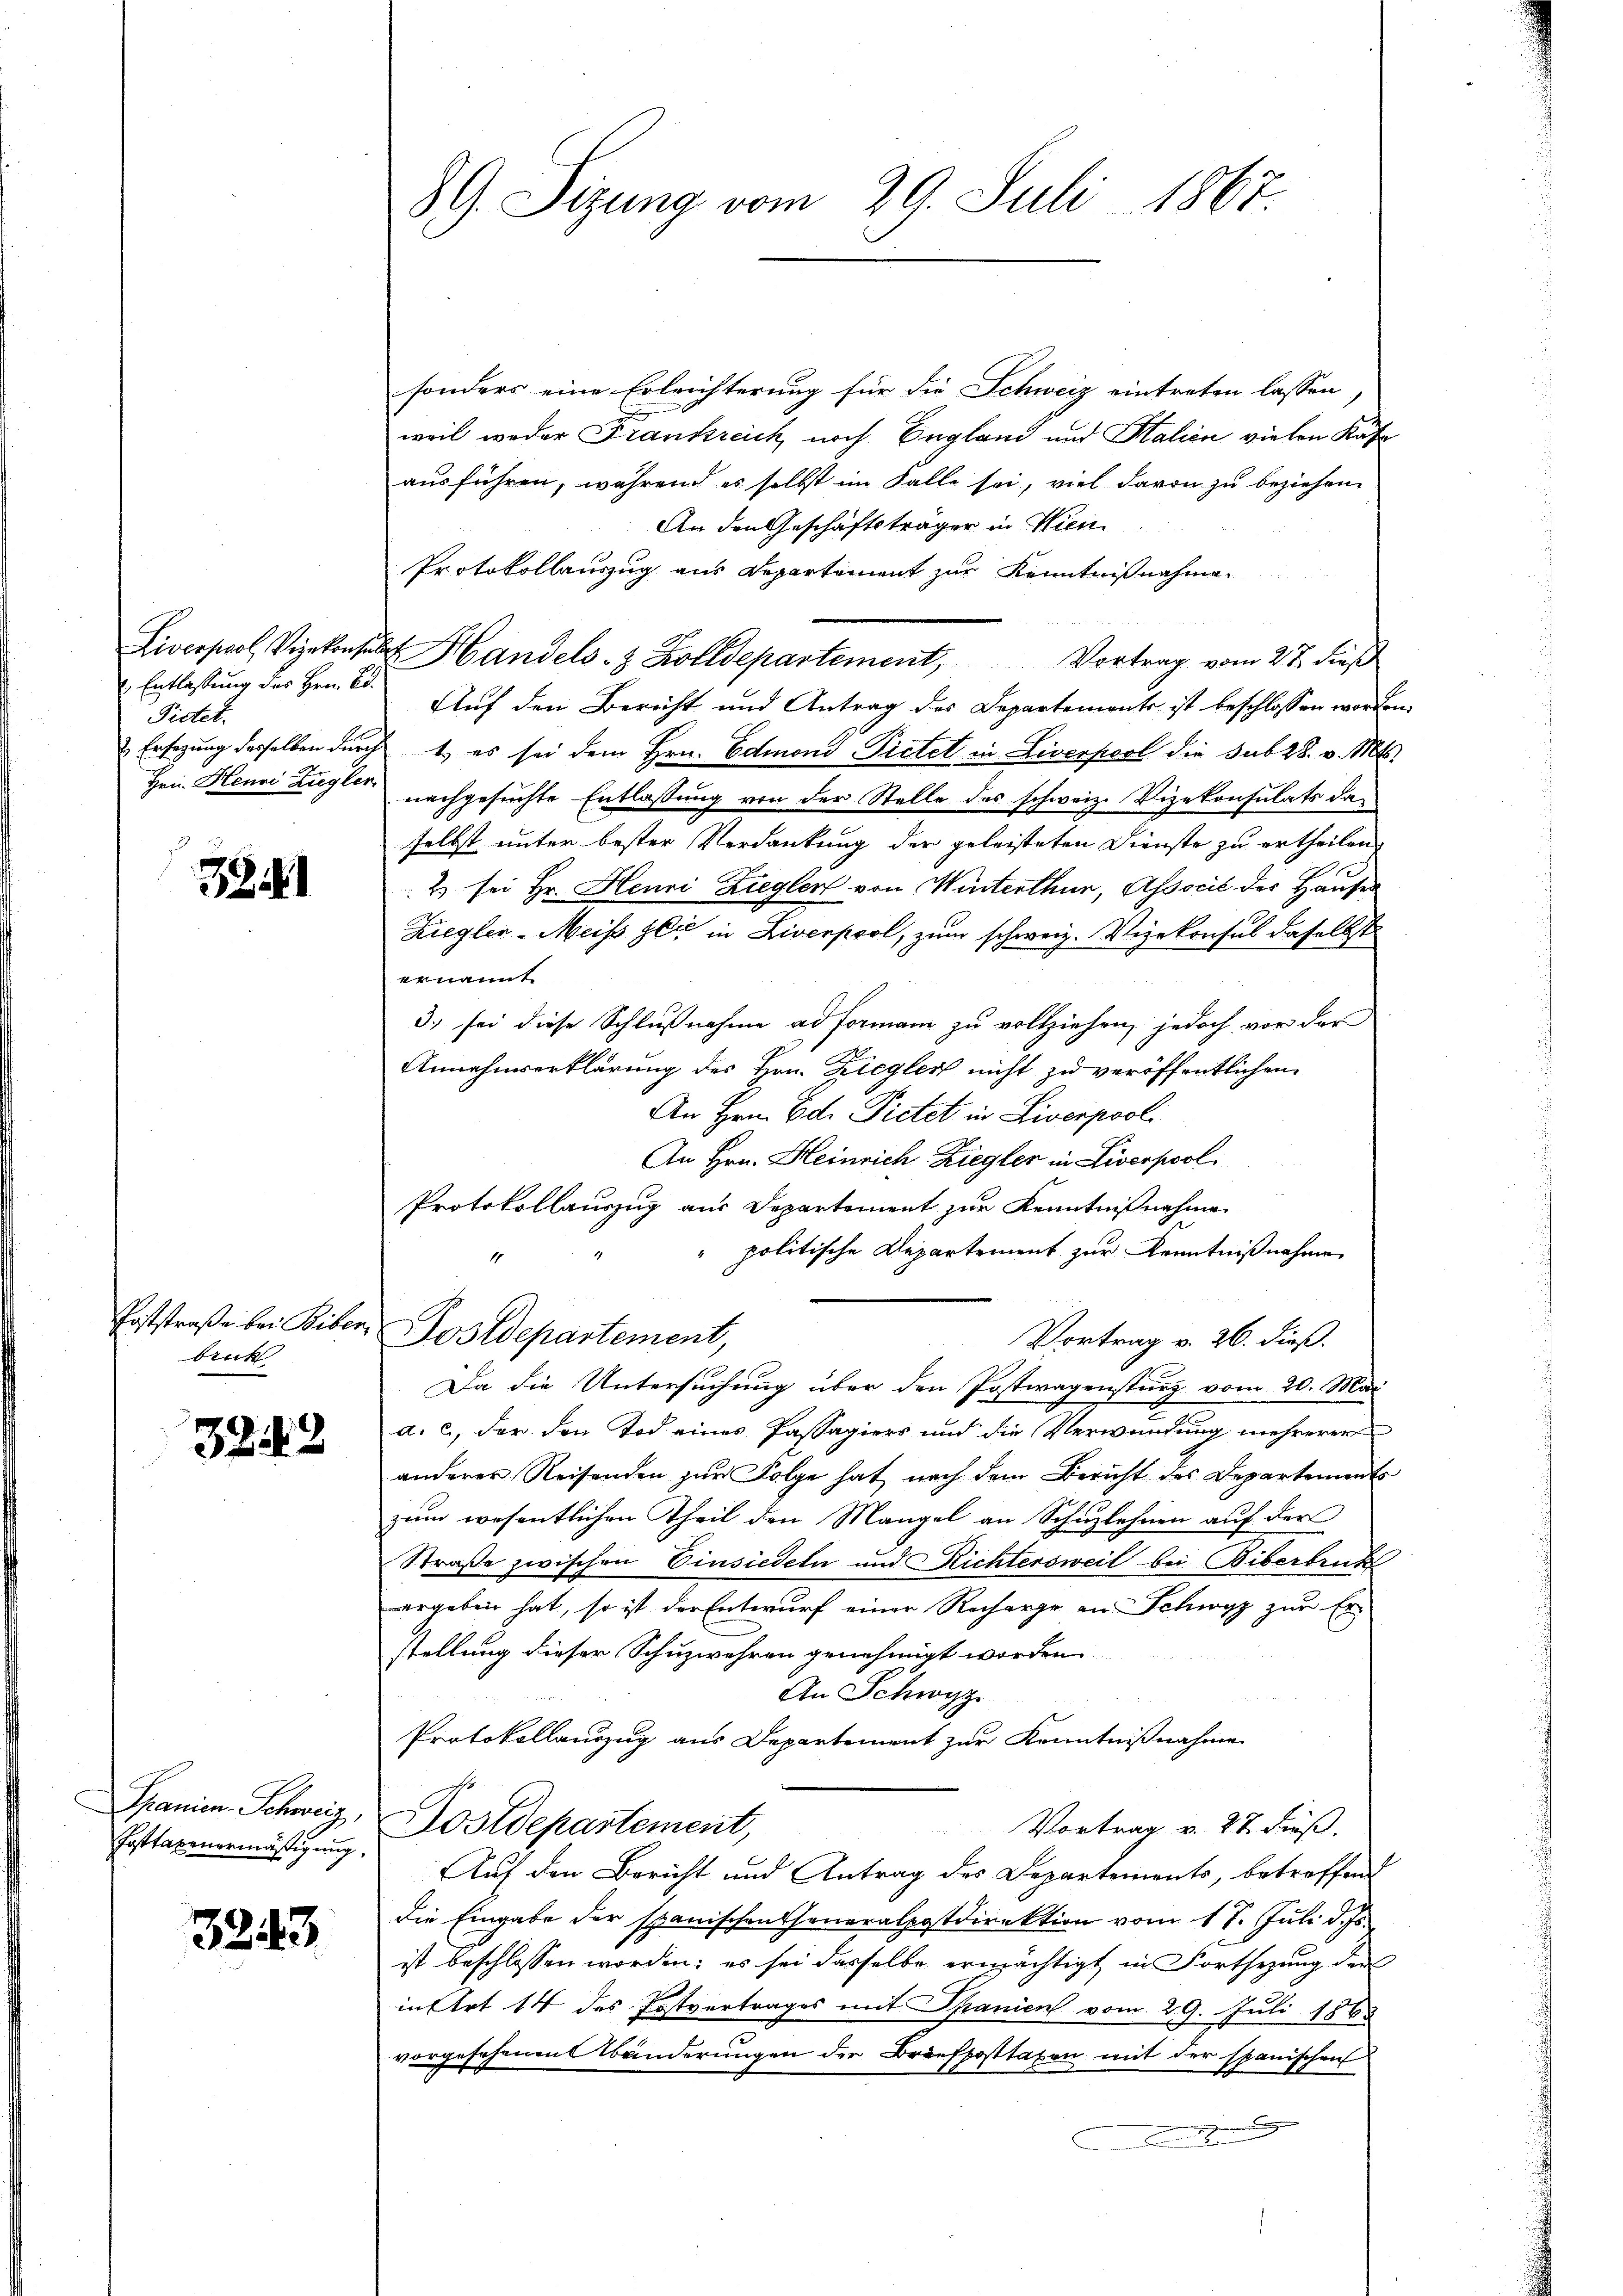
Entlassung der Hrrn. Ed.
Pietet.

32

Poststraße bei Biber.
bink

3242

Spanien-Schweiz,
Posttaxenermäßigung.

3243.

89. Sitzung vom 29. Juli 1867.

sonders eine Erleichterung für die Schweiz eintreten lassen,
weil weder Frankreich noch England und Halien vielen Käfe
ausführen, während es selbst im Falle sei, viel davon zu beziehen
An den Geschäftsträger in Wien
Protokollauszug aus Departement zur Kenntnißnahme
Liverpool Vizekonsul Handels- & Zolldepartement, Vortrag vom 27. dieβ
Auf den Bericht und Antrag des Departements ist beschlossen worden,
 Ersagung desselben durch 1., es sei dem Hrn. Edmond Pietet in Liverpool die sub 28. v. Mts.
Hei Henri Zugler nachgesuchte Entlaßung von der Stelle des schweiz. Vizekonsulats daselbst unter bester Verdankung der geleisteten Dienste zu ertheilen,
2 sei Hr. Henri Zieglert von Winterthur, Associl der Hausen
Ziegler-Meiß sei in Liverpool, zum schweiz. Vizekonsul daselbst
ernannt
3. sei diese Schlußnahme ad Formani zu vollziehen, jedoch vor der
Annahmserklärung des Hrn. Ziegler nicht zu veröffentlichen
An Hrn. Ed. Pietet in Liverpool
An Hrn. Heinrich Ziegler in Liverpool.
Protokollauszug aus Departement zur Kenntnißnahme
" politische Departement zur Kenntnißnahme
4
Postdepartement,
Vortrag v. 26. dieß.
Da die Untersuchung über den Postwagensturz vom 20. Mai
a. c., der den Tod eines Passagiers und die Verwundung mehrerer
anderer Reisenden zur Folge hat nach dem Bericht des Departements
zum wesentlichen Theil den Mangel an Schuzlehnen auf der
Straße zwischen Einsiedeln und Richtersweil bei Biberbruck
ergeben hat, so ist der Entwurf einer Recharge an Schwyz zur Er-
stellung dieser Schuzwehren genehmigt worden.
An Schwyz
Protokollauszug aus Departement zur Kenntnißnahme
Dostdepartement,
Vortrag v. 272. Fuß.
Auf den Bericht und Antrag des Departements, betreffend
die Eingabe der spanischen Generalpostdirektion vom 17. Juli d. Js.
ist beschlossen worden; es sei dasselbe ermächtigt, in Fortsezung der
in Art 14 des Postvertrages mit Spanien vom 29. Juli 1865
vorgesehenen Abänderungen der Briefposttaxen mit der spanischen
Bishe